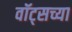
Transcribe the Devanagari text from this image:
वॉट्सच्या